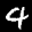
Label: 4